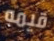
قيمه